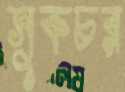
সুকচর